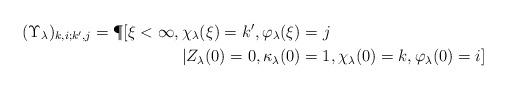
LaTeX: \begin{align*} (\Upsilon_\lambda)_{k,i;k',j} =\P[\xi < \infty, \, &\chi_\lambda(\xi) = k',\varphi_\lambda(\xi) = j \\ &| Z_\lambda(0)=0, \kappa_\lambda(0) =1, \chi_\lambda(0)=k, \varphi_\lambda(0)=i ]\end{align*}